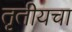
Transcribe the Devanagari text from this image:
तृतीयचा